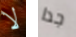
لا جدا